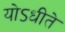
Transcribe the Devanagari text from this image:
योऽधीते